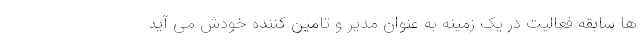
ها سابقه فعالیت در یک زمینه به عنوان مدیر و تامین کننده خودش می آید